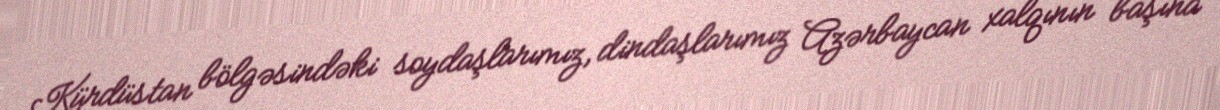
Kürdüstan bölgəsindəki soydaşlarımız, dindaşlarımız Azərbaycan xalqının başına